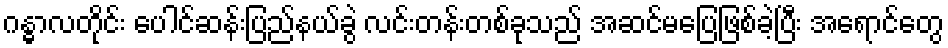
ဂန္ဓာလတိုင်း ပေါင်ဆန်းပြည်နယ်ခွဲ လင်းတန်းတစ်ခုသည် အဆင်မပြေဖြစ်ခဲ့ပြီး အရောင်တွေ